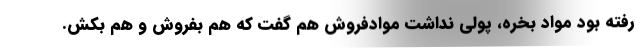
رفته بود مواد بخره، پولی نداشت موادفروش هم گفت که هم بفروش و هم بکش.